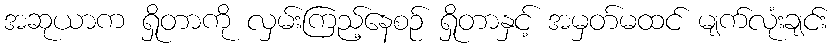
အဆုယာက ရှိုတာကို လှမ်းကြည့်နေစဉ် ရှိုတာနှင့် အမှတ်မထင် မျက်လုံးချင်း